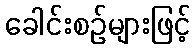
ခေါင်းစဉ်များဖြင့်